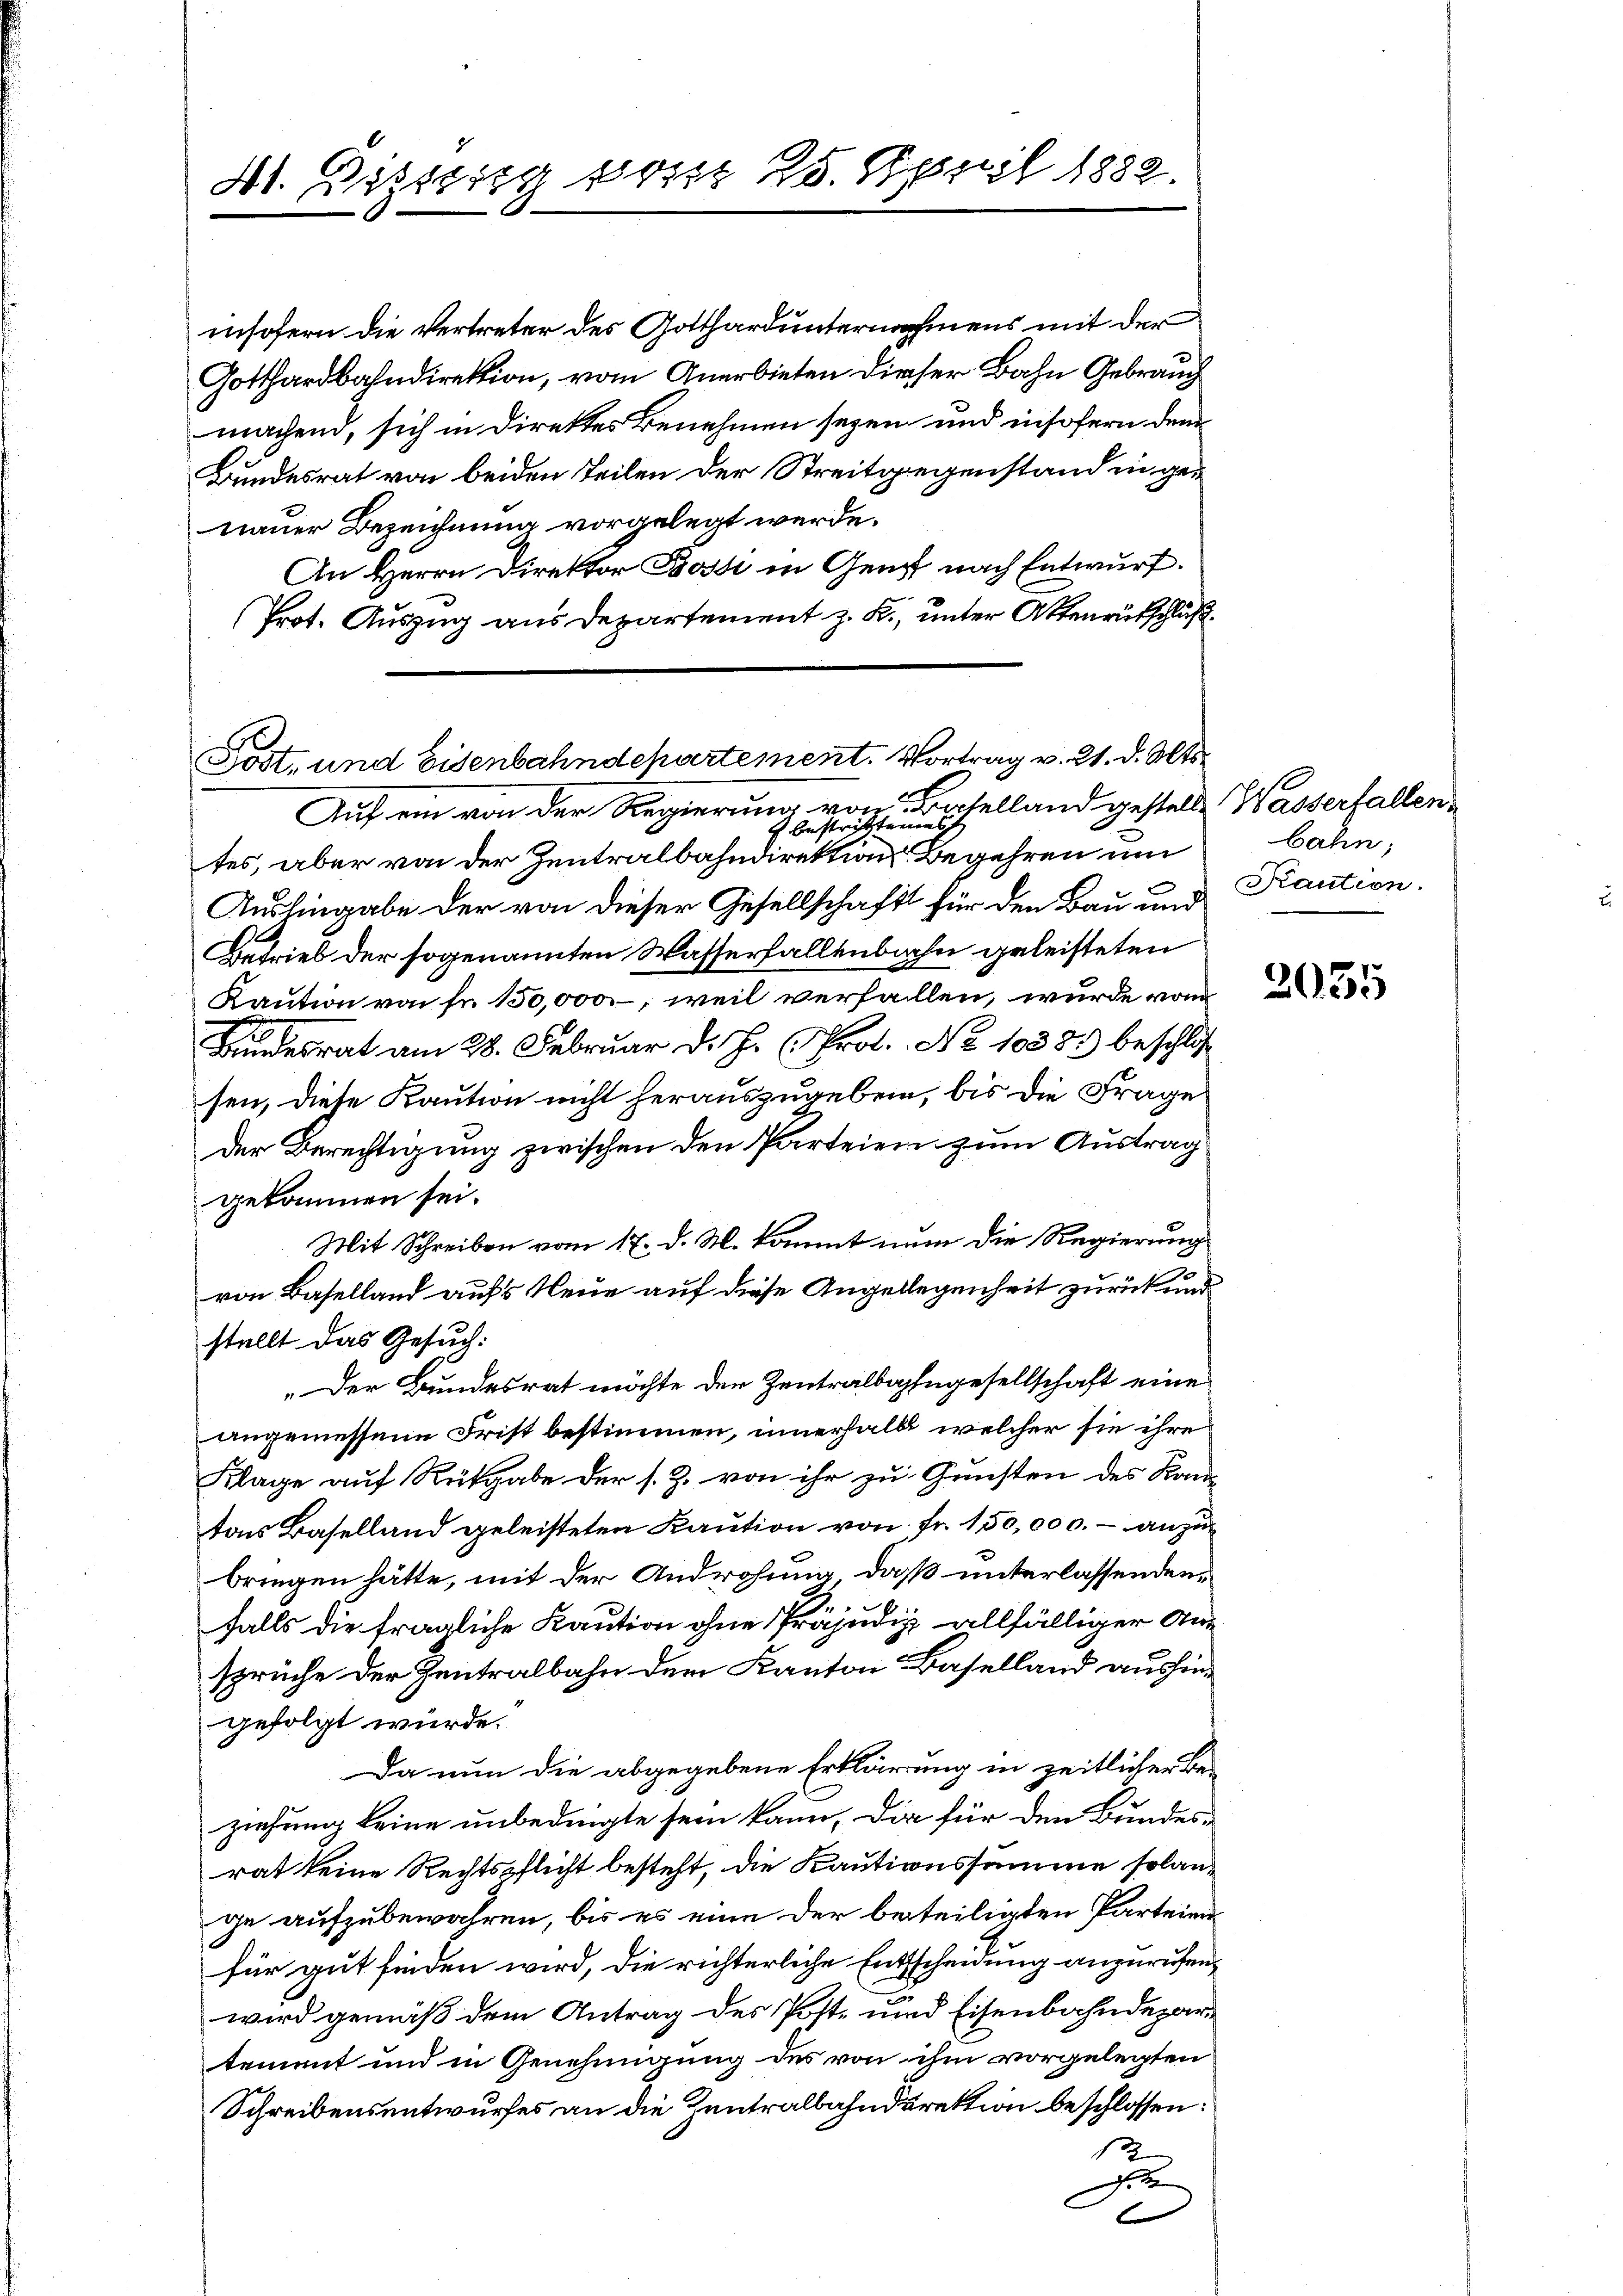
41. Distig ist 20. April 1882.

insofern die Vertreter des Gotthard unternahmens mit der
Gotthardbahndirektion, vom Anerbieten dieser Bahn Gebrauch
machen, sich in Direktes Benehmen seyen und insofern dem
Bundesrat von beiden Teilen der Streitgegenstand in genauer Bezeichnung vorgelegt werde.
An Herrn Direktor Bossi in Genf nach Entwurf.
Prot. Auszug aus Departement z. B., unter Ottenrütschluß

Post, und Eisenbahndepartement. Vortrag v. 21. d. Mts.

Auf ein von der Regierung von Baselland gestelle Wasserfallen
 bestrittenes
tes, aber von der Zentralbahndirektion Begehren um
Aushingabe der von dieser Gesellschaft für den Bau und
Betrieb der sogenannten Wasserfallenbahn geleisteten
Kaution von Fr. 150,000, weil verfallen, wurde von
Bundesrat am 28. Februar d. J. (Prot. No 10381) beschlos
sen, diese Kaution nicht herauszugeben, bis die Frage
Der Berechtigung zwischen den Parteien zum Austrag
gekommen sei.
Mit Schreiben vom 17. d. M. kommt nun die Regierung
.
von Baselland aufs Neue auf diese Angellegenheit zurück und
stellt das Gesuch:
„Der Bundesrat möchte der Zentralbahngesellschaft eine
angemessene Frist bestimmen, innerhalb, welcher sie ihre
Klage auf Rückgabe der s. Z. von ihr zu Gunsten des Kan-
tons Baselland geleisteten Kaution von Fr. 150,000.- anzubringen hätte, mit der Androhung, daß unterlassenden
falls die fragliche Kaution ohne Präjudiz allfälliger Ansprüche der Zentralbahn dem Kanton Baselland aushingefolgt würde.
Da nun die abgegebene Erklärung in zeitlicher Be-
ziehung keine unbedingte sein kann, die für den Bundesrat keine Rechtspflicht besteht, die Kautionssumme solange aufzubewahren, bis es eine der beteiligten Parteien
für gut finden wird, die richterliche Entscheidung anzurufen,
wird gemäß dem Antrag des Post- und Eisenbahndepartement und in Genehmigung des von ihm vorgelegten
Schreibensentwurfes an die Zentralbahndirektion beschlossen:
13
D
t

bahn,
Traution.

2035